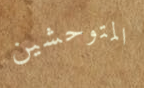
المتوحشين